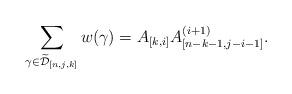
LaTeX: \begin{align*}\sum_{\gamma\in\widetilde{\mathcal{D}}_{[n,j,k]}}w(\gamma)=A_{[k,i]} A_{[n-k-1,j-i-1]}^{(i+1)}.\end{align*}